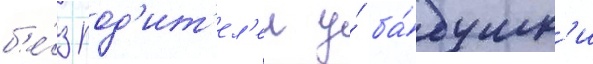
б'е́з род'ит'ел'еи у́ ба́бушк'и